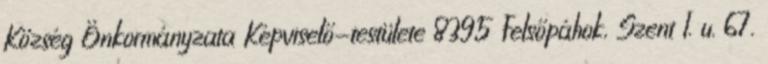
Község Önkormányzata Képviselő-testülete 8395 Felsőpáhok, Szent I. u. 67.